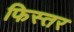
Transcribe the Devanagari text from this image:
फिस्तर